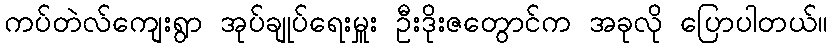
ကပ်တဲလ်ကျေးရွာ အုပ်ချုပ်ရေးမှူး ဦးဒိုးဇတွောင်က အခုလို ပြောပါတယ်။